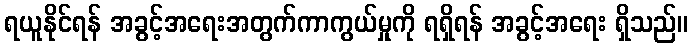
ရယူနိုင်ရန် အခွင့်အရေးအတွက်ကာကွယ်မှုကို ရရှိရန် အခွင့်အရေး ရှိသည်။